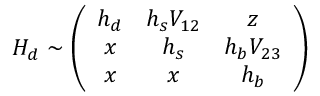
H _ { d } \sim \left( \begin{array} { c c c } { { h _ { d } } } & { { h _ { s } V _ { 1 2 } } } & { { z } } \\ { { x } } & { { h _ { s } } } & { { h _ { b } V _ { 2 3 } } } \\ { { x } } & { { x } } & { { h _ { b } } } \end{array} \right)